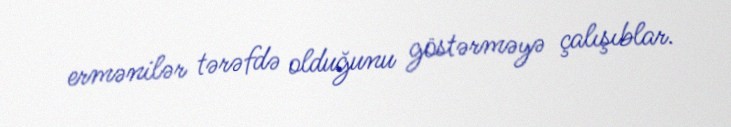
ermənilər tərəfdə olduğunu göstərməyə çalışıblar.